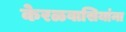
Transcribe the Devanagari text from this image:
केरळवासियांना